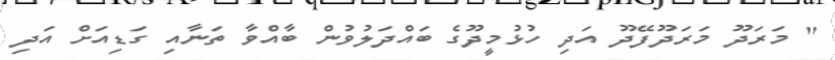
" މަރަދޫ މަރަދޫފޭދޫ އަދި ހުޅުމީދޫގެ ބައްދަލުވުން ބާއްވާ ތަނާއި ގަޑިއަށް އަދި